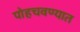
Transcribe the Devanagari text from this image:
पोहचवण्यात